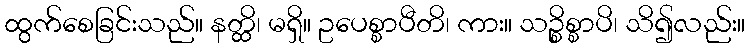
ထွက်စေခြင်းသည်။ နတ္ထိ၊ မရှိ။ ဥပေစ္စာပီတိ၊ ကား။ သဉ္စိစ္စာပိ၊ သိ၍လည်း။